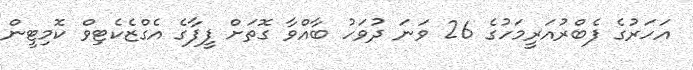
އަހަރުގެ ފެބްރުއަރީމަހުގެ 26 ވަނަ ދުވަހު ބާއްވާ ގޮތަށް ފީފާގެ އެގްޒެކެޓިވް ކޮމިޓީން